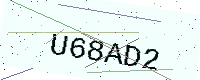
Text: U68AD2